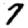
Digit: 7